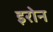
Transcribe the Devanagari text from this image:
इरोन